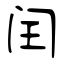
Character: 闰